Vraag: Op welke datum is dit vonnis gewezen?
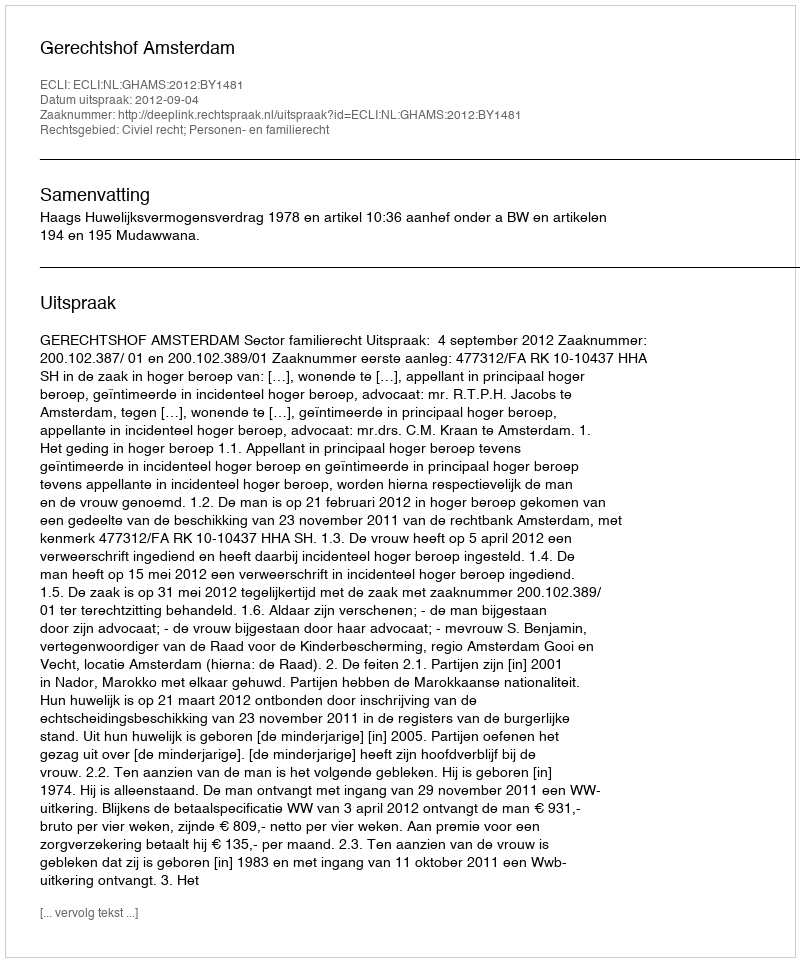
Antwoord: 2012-09-04